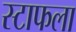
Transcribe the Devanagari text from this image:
स्टाफला